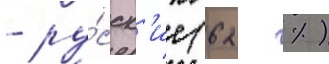
- ру́сск'ие (62 %)